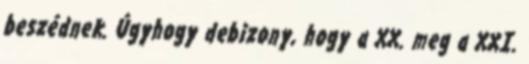
beszédnek. Úgyhogy debizony, hogy a XX. meg a XXI.